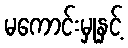
မကောင်းမှုနှင့်